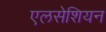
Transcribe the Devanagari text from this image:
एलसेशियन